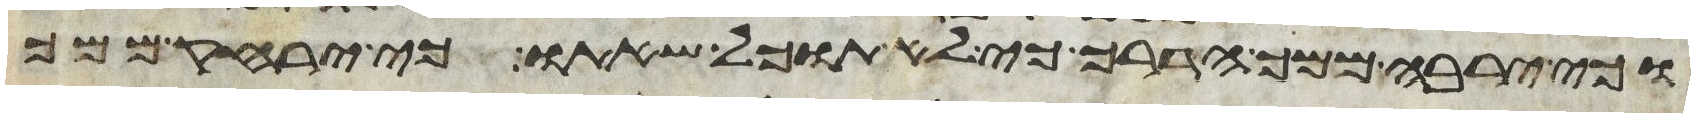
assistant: וכי ירבה ממך הדרך כי לא תוכל שאתו כי ירחק ממך